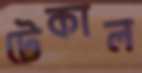
টেকাল